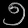
Digit: ၅